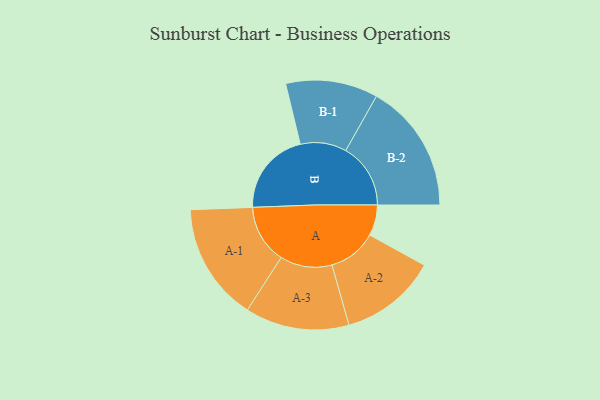
{"axis": {"x": "Segment", "y": "Value"}, "legend": ["", "A", "B"], "data": [{"x": "A", "y": 125, "type": ""}, {"x": "B", "y": 341, "type": ""}, {"x": "A-1", "y": 239, "type": "A"}, {"x": "A-2", "y": 197, "type": "A"}, {"x": "A-3", "y": 211, "type": "A"}, {"x": "B-1", "y": 187, "type": "B"}, {"x": "B-2", "y": 263, "type": "B"}]}